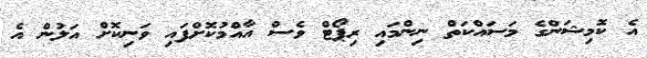
އެ ކޮމިޝަންގެ މަސައްކަތް ނިންމައި ރިޕޯޓް ވެސް އާއްމުކޮށްފައި ވަނިކޮށް އަލުން އެ